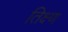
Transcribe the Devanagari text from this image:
तिक्ष्ण